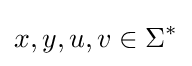
x,y,u,v\in \Sigma ^{*}